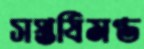
সপ্তর্ষিমণ্ড